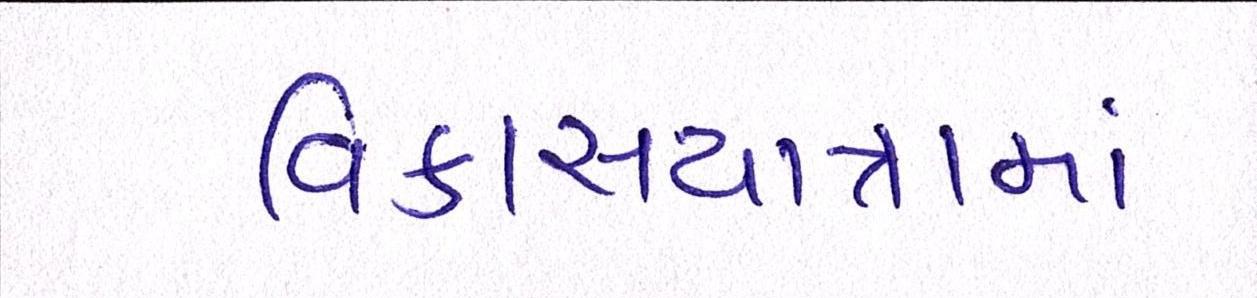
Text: વિકાસયાત્રામાં